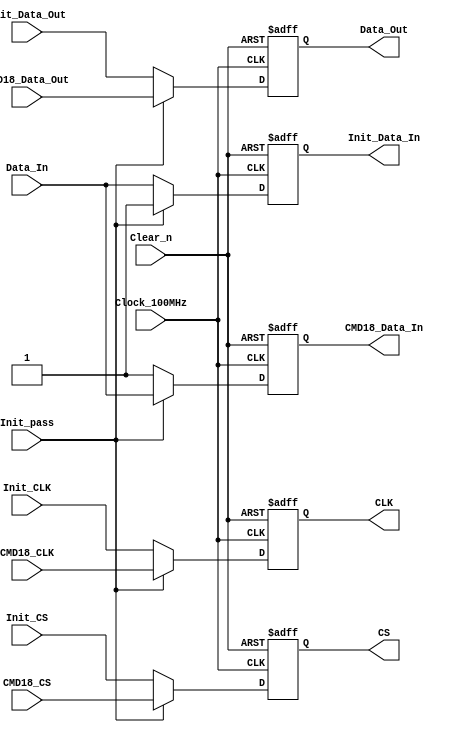
`timescale 1ns / 1ps
//////////////////////////////////////////////////////////////////////////////////
// Company:  RUAS
// 
// Design Name: 
// Module Name: Enable_generation
// Project Name: 
// Target Devices: 
// Tool Versions: 
// Description: 
// 
// Dependencies: 
// 
// Revision:
// Revision 0.01 - File Created
// Additional Comments:
// 
//////////////////////////////////////////////////////////////////////////////////


module Enable_generation(
         output reg CS, Data_Out, CLK,
         output reg Init_Data_In, CMD18_Data_In,       
         input Data_In, Init_pass,         
         input Init_CS,  Init_Data_Out,  Init_CLK,       
         input CMD18_CS, CMD18_Data_Out, CMD18_CLK,
         input Clock_100MHz, Clear_n
       );
       
      
  always@(posedge Clock_100MHz, negedge Clear_n)
    if(!Clear_n) 
      begin 
        CS <= 1; Data_Out <= 1; CLK <= 0;
        Init_Data_In <= 1; CMD18_Data_In <= 1; 
      end  
    else if(Init_pass) // CMD18 module signals
      begin
        CS <= CMD18_CS; Data_Out <= CMD18_Data_Out; CLK <= CMD18_CLK; 
        CMD18_Data_In <= Data_In; Init_Data_In <= 1; 
      end
    else // CMD0_CMD8_CMD55_ACMD41_CMD58 module signals
      begin
        CS <= Init_CS; Data_Out <= Init_Data_Out; CLK <= Init_CLK; 
        Init_Data_In <= Data_In; CMD18_Data_In <= 1;
      end 
      
endmodule